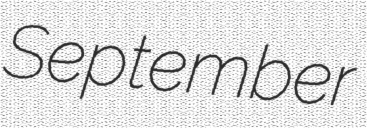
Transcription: September